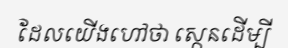
ដែលយើងហៅថា ស្កេនដើម្បី